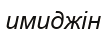
имиджін